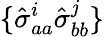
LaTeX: \{ \hat{\sigma}_{aa}^{i}\hat{\sigma}_{bb}^{j}\}